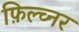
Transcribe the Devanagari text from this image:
फ़िल्च्नर